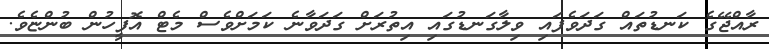
ރާއްޖޭގެ ކަނޑުތައް ގަދަވެފައި ވިލާގަނޑުގައި އިތުރަށް ގަދަވާނެ ކަމަށްވެސް މެޓް އޮފީހުން ބުންޏެވެ.